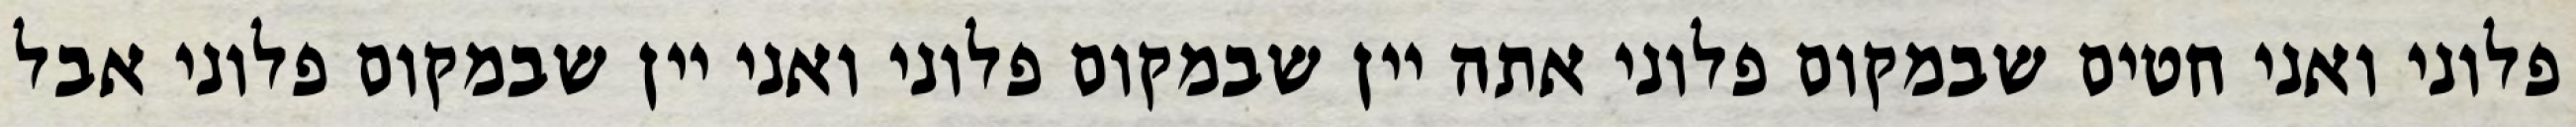
פלוני ואני חטים שבמקום פלוני אתה יין שבמקום פלוני ואני יין שבמקום פלוני אבל